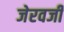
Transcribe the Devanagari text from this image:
जेरवजी